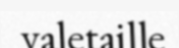
valetaille